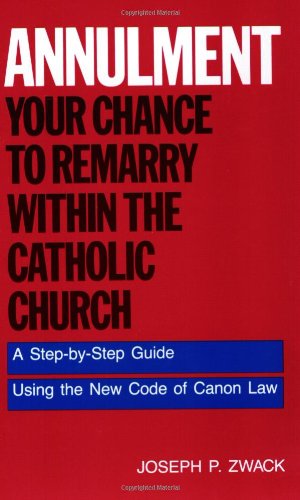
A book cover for Annulment: Your Chance to Remarry Within the Catholic Church: A Step-by-Step Guide Using the New Code of Canon Law; Joseph P. Zwack; Christian Books & Bibles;